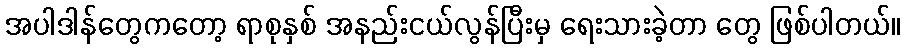
အပါဒါန်တွေကတော့ ရာစုနှစ် အနည်းငယ်လွန်ပြီးမှ ရေးသားခဲ့တာ တွေ ဖြစ်ပါတယ်။